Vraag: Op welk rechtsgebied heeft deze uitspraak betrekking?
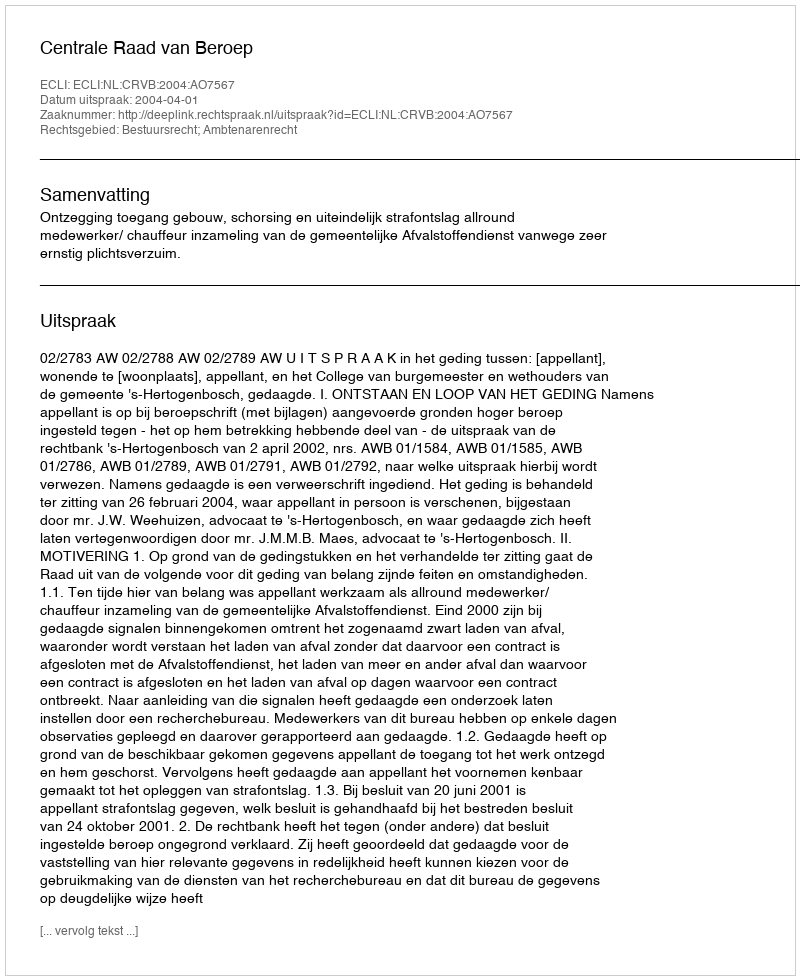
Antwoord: Bestuursrecht; Ambtenarenrecht